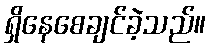
ရှိနေစေချင်ခဲ့သည်။